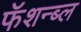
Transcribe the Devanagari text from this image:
फॅशन्ब्ल